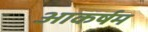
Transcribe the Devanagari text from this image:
आकर्षम